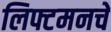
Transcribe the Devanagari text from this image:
लिफ्टमनचे